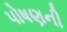
પોષણની